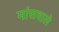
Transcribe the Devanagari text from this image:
मांसवाले